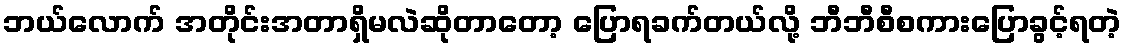
ဘယ်လောက် အတိုင်းအတာရှိမလဲဆိုတာတော့ ပြောရခက်တယ်လို့ ဘီဘီစီစကားပြောခွင့်ရတဲ့